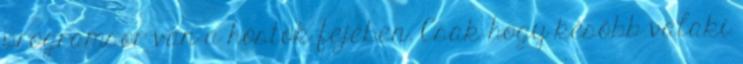
programsor van a hostok fejében. Csak hogy később valaki